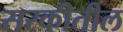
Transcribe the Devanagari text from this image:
सरकीतील